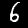
Digit: 6